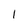
Character: 1